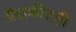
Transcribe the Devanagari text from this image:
वैद्यकीतही